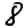
Digit: 8